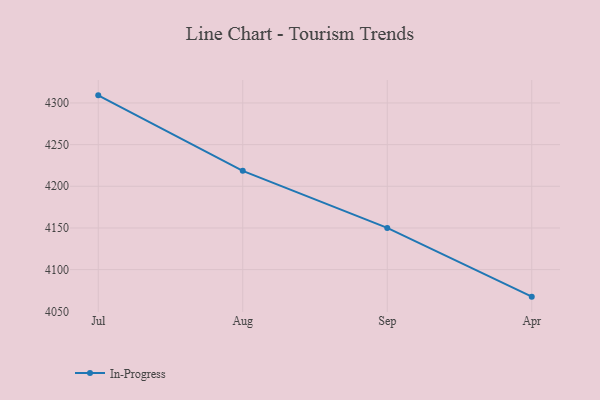
{"axis": {"x": "Month", "y": "Gross Profit (USD K)"}, "legend": ["In-Progress"], "data": [{"x": "Jul", "y": 4309.1, "type": "In-Progress"}, {"x": "Aug", "y": 4218.5, "type": "In-Progress"}, {"x": "Sep", "y": 4150.1, "type": "In-Progress"}, {"x": "Apr", "y": 4067.6, "type": "In-Progress"}]}